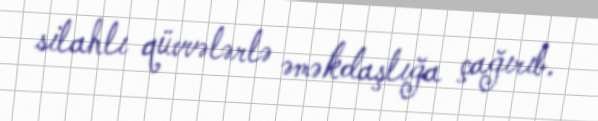
silahlı qüvvələrlə əməkdaşlığa çağırıb.